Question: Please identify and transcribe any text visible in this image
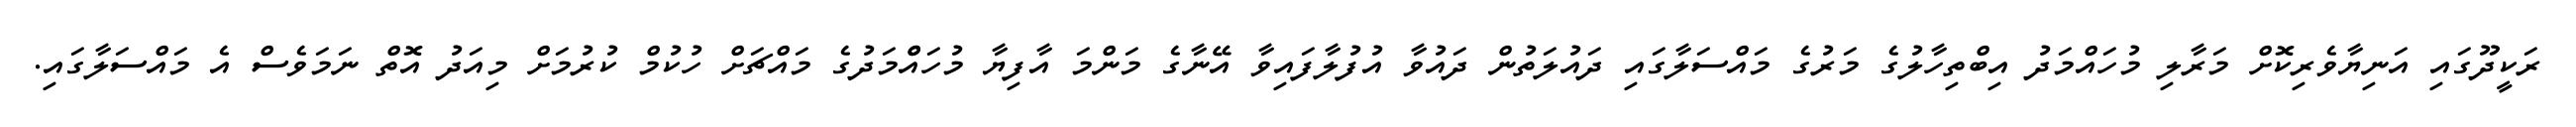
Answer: ރަކީދޫގައި އަނިޔާވެރިކޮށް މަރާލި މުހައްމަދު އިބްތިހާލުގެ މަރުގެ މައްސަލާގައި ދައުލަތުން ދައުވާ އުފުލާފައިވާ އޭނާގެ މަންމަ އާފިޔާ މުހައްްމަދުގެ މައްޗަށް ހުކުމް ކުރުމަށް މިއަދު އޮތް ނަމަވެސް އެ މައްސަލާގައި.